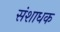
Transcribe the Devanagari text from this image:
संशाधक